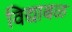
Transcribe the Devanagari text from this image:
विद्याबळ